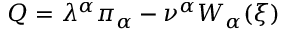
Q = \lambda ^ { \alpha } \pi _ { \alpha } - \nu ^ { \alpha } W _ { \alpha } ( \xi )